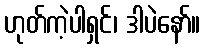
ဟုတ်ကဲ့ပါရှင်၊ ဒါပဲနော်။